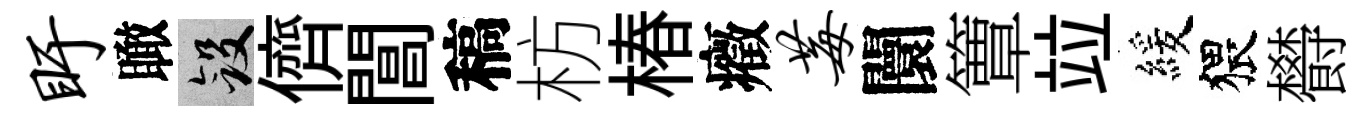
盱瞰斂儕閶稿枋椿癥莓闤簟竝緩猥欎